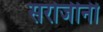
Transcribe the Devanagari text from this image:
सरोजीनी